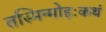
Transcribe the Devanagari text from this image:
तस्मिन्मोहःकथं